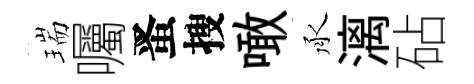
瑞囑󱉠搜噉承漓砧